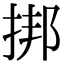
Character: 挷